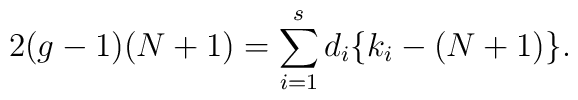
2(g-1)(N+1) = \sum_{i=1}^{s} d_i \{ k_i - (N+1) \}.